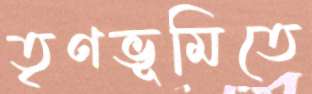
তৃণভূমিতে